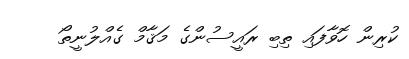
ކުރިން ހޮވާފައި ތިބި ރައީސުންގެ މަޤާމް ގެއްލުނީތޯ